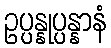
ဥပ္ပန္နုပ္ပန္နာနံ